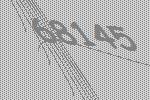
68145